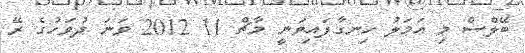
ބޭލްސް މި އަމަލު ހިނގާފައިވަނީ މާޗް 11 2012 ވަނަ ދުވަހުގެ ރޭ